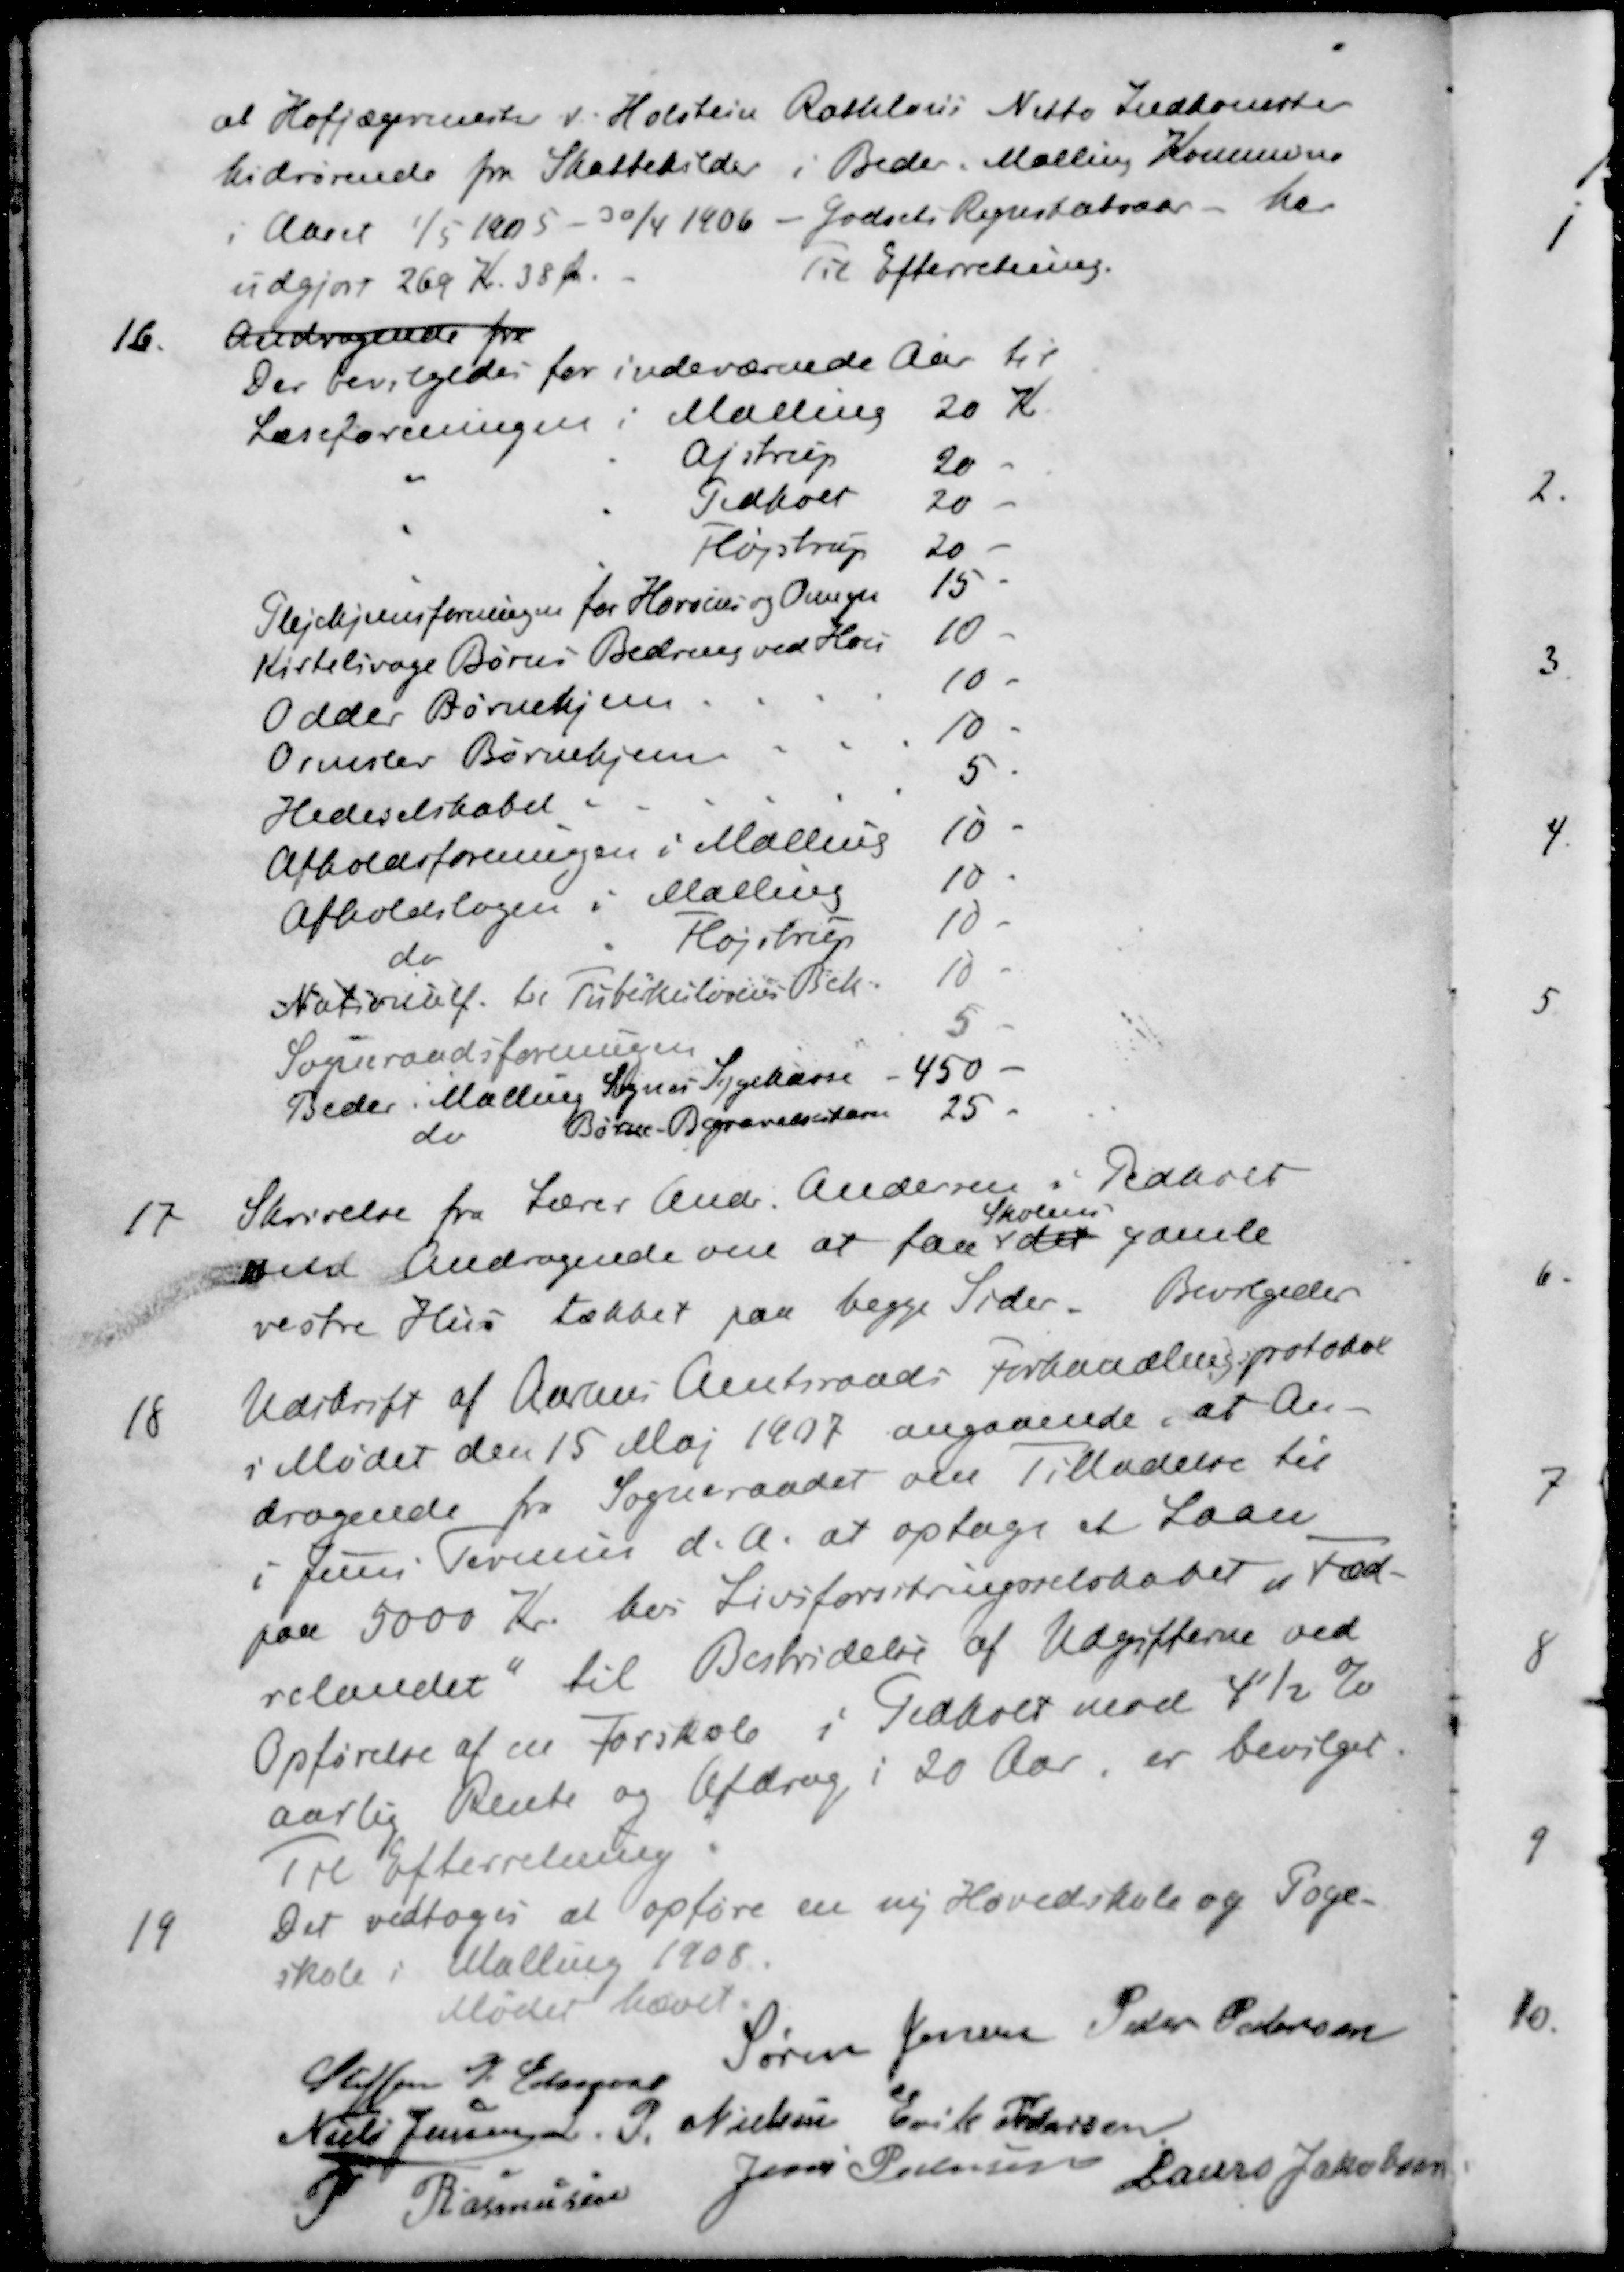
Transskription:
at Hofjægermester P. Holstein Rathlous Netto Indkomster
hidrørende fra Skattekilder i Beder Malling Kommune
i Aaret 1/5 1905 - 30/4 1906 - Godsets Regnskabsaar - har
udgjøre 269 Kr. 38 Øre Til Efterretning.
16. Andragende fra
Der bevilgedes for indeværende Aar til
Læseforeningen Malling 20 Kr
" " Ajstrup 20 -
" " Pedholt 20 -
" " Fløjstrup 20 -
Plejehjemsforeningen for Horsens og Omegn 15 -
Kirtelsvage Børns Bedring ved Hou 10 -
Odder Børnehjem 10 -
Ormslev Børnehjem 10
Hedeselskabet. 5 -
Afholdsforeningen i Malling 10 -
Afholdslogen i Malling 10 -
do " Fløjstrup 10 -
Nationalf. til Tubedeslosens Bek 10 -
Sogneraadsforeningen 5 -
Beder Malling Sogns Sygekasse 450 -
do Børne Begravelsesteren 25 -
17. Skrivelse fra Lærer Andr. Andersen i Pedholt
Skolens
med Andragende om at faa det gamle
vestre Hus tækket paa begge Tider. Bevilgedes
18 Udskrift af Aarhus Amtsraads forhandlingsprotokol
i Mødet den 15 Maj 1907 angaaende, at An-
dragende fra Sogneraadet om Tilladelse til
i Juni Termin d. A. at optage et Laan
paa 5000 Kr. hos Livsforsikringsselskabet "Fæd-
relandet" til Bestridelse af Udgifterne ved
Opførelse af en forskole i Pedholt mod 4½ %
aarlig Rente og Afdrag i 20 Aar, er bevilget
 Til Efterretning.
19 Det vedtoges at opføre en ny Hovedskole og Poge-
skole i Malling 1908.
Mødet hævet.
Steffen P Elmose
Søren Jensen
Peder Pedersen
Niels Jensen
P. Nielsen
Erik Pedersen
P Rasmusen
Jens Pedersen
Laurs Jakobsen